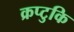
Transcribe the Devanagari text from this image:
क्रप्टुकि